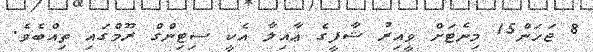
8 ޖަހަން15 މިނެޓަށް ވީއިރު ޝާފީގެ ޢާއިލާ އެކީ ސިޓިންގް ރޫމްގައި ތިއްބެވެ.